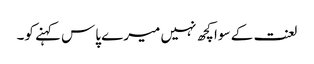
لعنت کے سوا کچھ نہیں میرے پاس کہنے کو۔